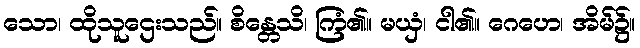
သော၊ ထိုသူဌေးသည်။ စိန္တေသိ၊ ကြံ၏။ မယှံ၊ ငါ၏။ ဂေဟေ၊ အိမ်၌။